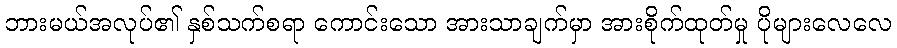
ဘားမယ်အလုပ်၏ နှစ်သက်စရာ ကောင်းသော အားသာချက်မှာ အားစိုက်ထုတ်မှု ပိုများလေလေ